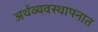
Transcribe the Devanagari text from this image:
अर्थव्यवस्थापनात